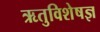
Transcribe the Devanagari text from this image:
ऋतुविशेषज्ञ